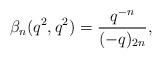
LaTeX: \begin{align*}\beta_{n}(q^2,q^2)=\frac{q^{-n}}{(-q)_{2n}},\end{align*}